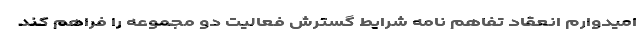
اميدوارم انعقاد تفاهم نامه شرایط گسترش فعالیت دو مجموعه را فراهم کند